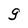
Character: g